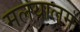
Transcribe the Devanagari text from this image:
मलयालमः